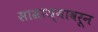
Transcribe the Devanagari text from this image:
साम्राज्यावरून